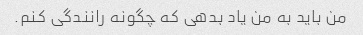
من باید به من یاد بدهی که چگونه رانندگی کنم.